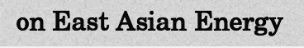
on East Asian Energy